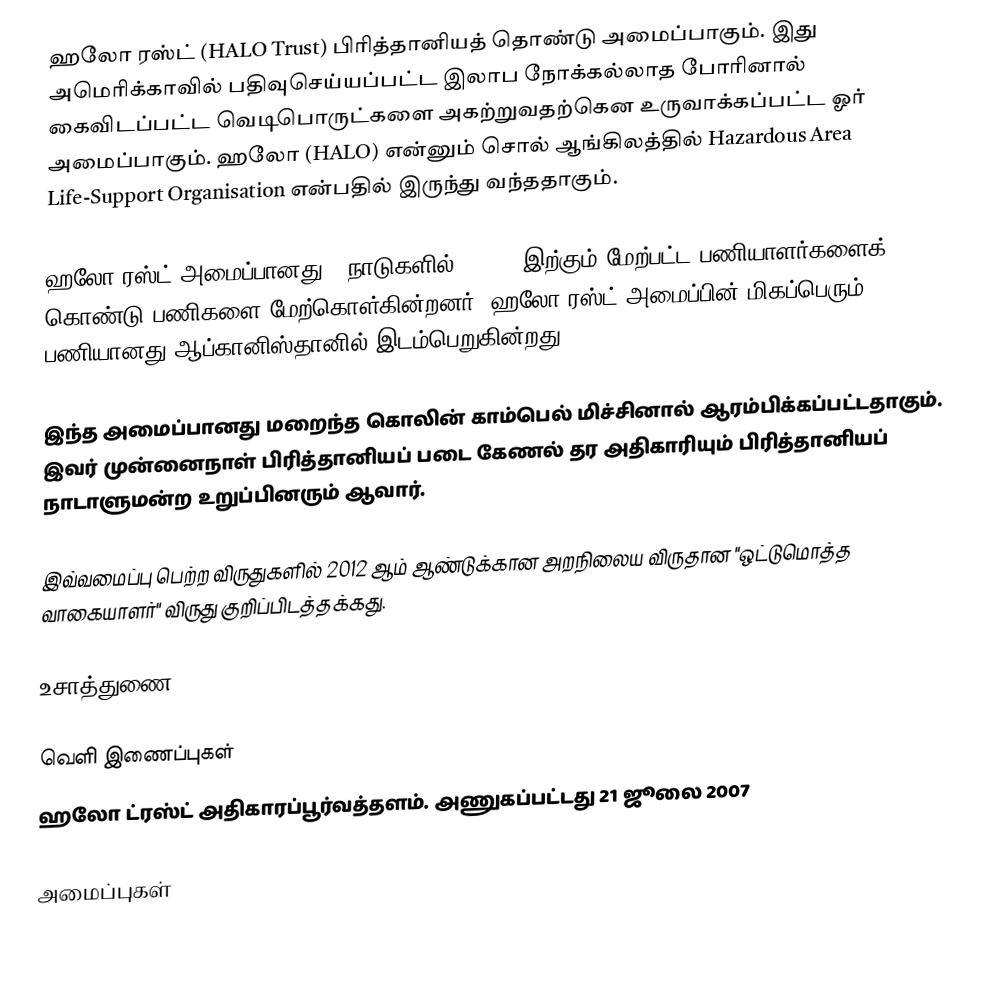
ஹலோ ரஸ்ட் (HALO Trust) பிரித்தானியத் தொண்டு அமைப்பாகும். இது அமெரிக்காவில் பதிவுசெய்யப்பட்ட இலாப நோக்கல்லாத போரினால் கைவிடப்பட்ட வெடிபொருட்களை அகற்றுவதற்கென உருவாக்கப்பட்ட ஓர் அமைப்பாகும். ஹலோ (HALO) என்னும் சொல் ஆங்கிலத்தில் Hazardous Area Life-Support Organisation என்பதில் இருந்து வந்ததாகும்.

ஹலோ ரஸ்ட் அமைப்பானது 9 நாடுகளில் 7, 000 இற்கும் மேற்பட்ட பணியாளர்களைக் கொண்டு பணிகளை மேற்கொள்கின்றனர். ஹலோ ரஸ்ட் அமைப்பின் மிகப்பெரும் பணியானது ஆப்கானிஸ்தானில் இடம்பெறுகின்றது.

இந்த அமைப்பானது மறைந்த கொலின் காம்பெல் மிச்சினால் ஆரம்பிக்கப்பட்டதாகும். இவர் முன்னைநாள் பிரித்தானியப் படை கேணல் தர அதிகாரியும் பிரித்தானியப் நாடாளுமன்ற உறுப்பினரும் ஆவார்.

இவ்வமைப்பு பெற்ற விருதுகளில் 2012 ஆம் ஆண்டுக்கான அறநிலைய விருதான "ஒட்டுமொத்த வாகையாளர்" விருது குறிப்பிடத்தக்கது.

உசாத்துணை

வெளி இணைப்புகள்
ஹலோ ட்ரஸ்ட் அதிகாரப்பூர்வத்தளம். அணுகப்பட்டது 21 ஜூலை 2007

அமைப்புகள்